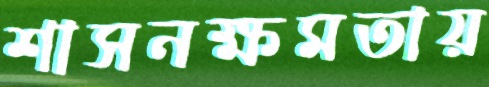
শাসনক্ষমতায়